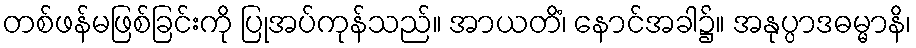
တစ်ဖန်မဖြစ်ခြင်းကို ပြုအပ်ကုန်သည်။ အာယတိံ၊ နောင်အခါ၌။ အနုပ္ပာဒဓမ္မာနိ၊